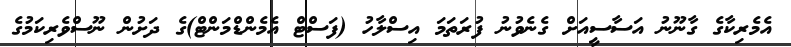
އެމެރިކާގެ ގާނޫނު އަސާސީއަށް ގެނެވުނު ފުރަތަމަ އިސްލާހު (ފަސްޓް އެމެންޑްމަންޓް)ގެ ދަށުން ނޫސްވެރިކަމުގެ